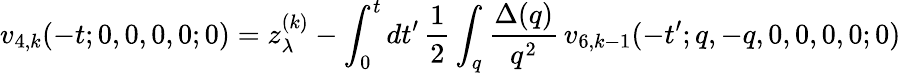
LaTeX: v_{4,k}(-t;0,0,0,0;0)=z_{\lambda}^{(k)}-\int_{0}^{t}dt^{\prime}\, \frac{1}{2}\int_{q}\frac{\Delta(q)}{q^{2}}\, v_{6,k-1}(-t^{\prime};q,-q,0,0,0,0;0)